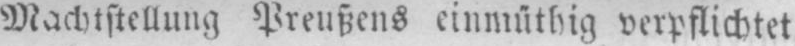
Machtstellung Preußens einmüthig verpflichtet